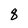
Character: q